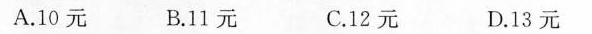
A.10元 B.11元 C.12元 D.13元